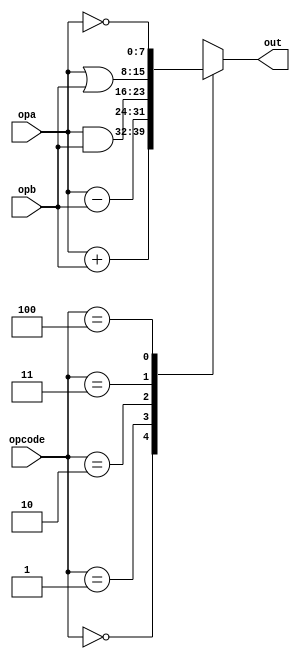
module ALU #(
    parameter N = 8
) (
    input[N-1:0] opa,
    input[N-1:0] opb,
    input[2:0] opcode,
    output reg[N-1:0] out
);

localparam add = 3'd0,
minus = 3'd1,
band = 3'd2,
bor = 3'd3,
bnot = 3'd4;

always@(*) begin
    case(opcode)
        add: out= opa + opb;
        minus: out= opa - opb;
        band: out= opa & opb;
        bor: out = opa | opb;
        bnot: out = ~opa;
        default:
        out = 8'hx;
    endcase

end 



endmodule